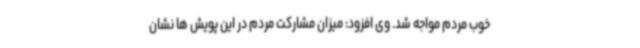
خوب مردم مواجه شد. وی افزود: میزان مشارکت مردم در این پویش ها نشان